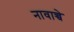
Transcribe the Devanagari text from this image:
नावाच्चे